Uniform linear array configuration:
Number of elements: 16
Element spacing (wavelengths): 1
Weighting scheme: hamming
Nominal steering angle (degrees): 45
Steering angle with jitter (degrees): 44.128
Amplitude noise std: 0.05
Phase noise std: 0.05

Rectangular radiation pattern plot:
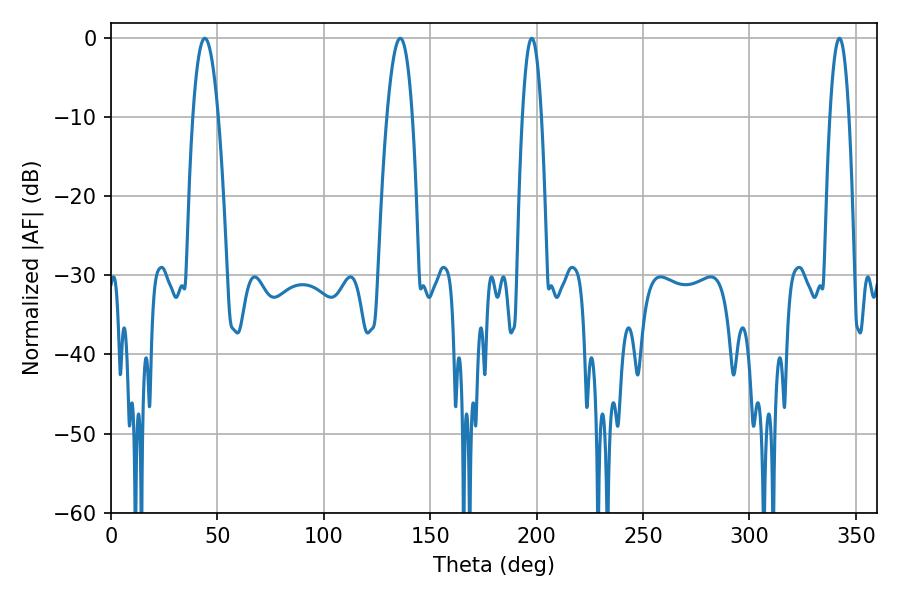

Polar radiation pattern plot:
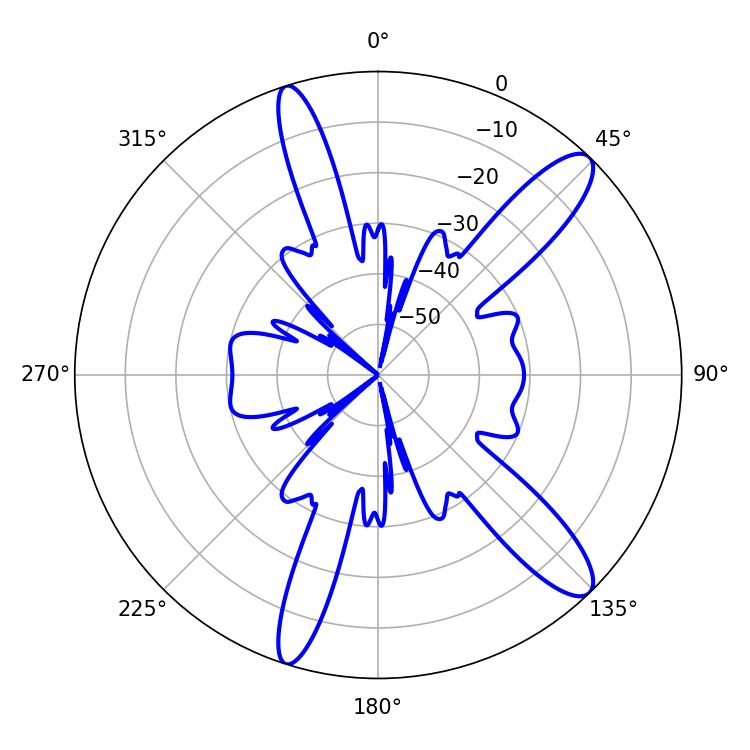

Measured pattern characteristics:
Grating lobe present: TRUE
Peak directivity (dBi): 12.354
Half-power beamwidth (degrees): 6.66
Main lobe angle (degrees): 44.1